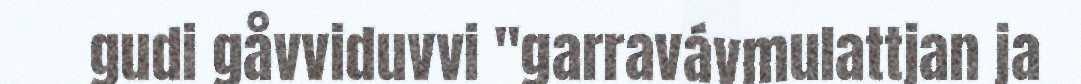
gudi gåvviduvvi "garravávmulattjan ja